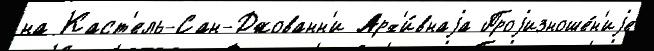
на Каст'ель-Сан-Джованн'и Арх'и́внаjа Проjизноше́н'иjе